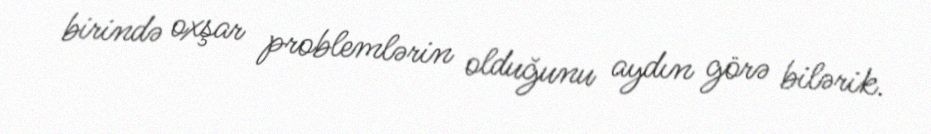
birində oxşar problemlərin olduğunu aydın görə bilərik.